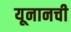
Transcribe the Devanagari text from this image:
यूनानची